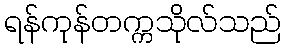
ရန်ကုန်တက္ကသိုလ်သည်